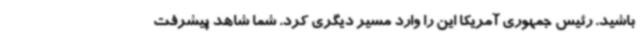
باشید. رئیس جمهوری آمریکا این را وارد مسیر دیگری کرد. شما شاهد پیشرفت